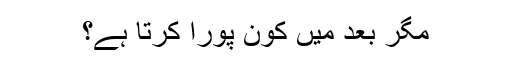
مگر بعد میں کون پورا کرتا ہے؟